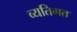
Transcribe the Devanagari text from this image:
व्‍यतिगत